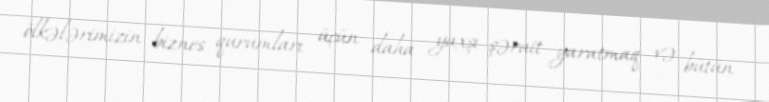
ölkələrimizin biznes qurumları üçün daha yaxşı şərait yaratmaq və bütün